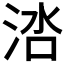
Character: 𬇱